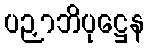
ပဉှာဘိပုဋ္ဌေန